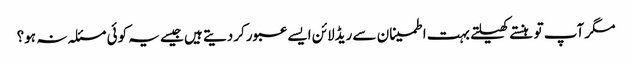
مگر آپ تو ہنستے کھیلتے بہت اطمینان سے ریڈلائن ایسے عبور کردیتے ہیں جیسے یہ کوئی مسئلہ نہ ہو؟